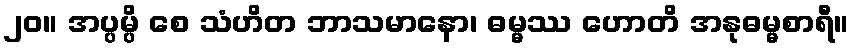
၂၀။ အပ္ပမ္ပိ စေ သံဟိတ ဘာသမာနော၊ ဓမ္မဿ ဟောတိ အနုဓမ္မစာရီ။